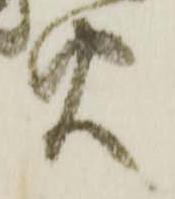
火